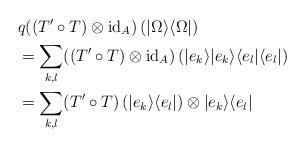
LaTeX: \begin{align*}&q((T'\circ T) \otimes \mathrm{id}_{A})\left(|\Omega\rangle\langle\Omega|\right)\\&=\sum_{k,l}((T'\circ T) \otimes \mathrm{id}_{A})\left(|e_k\rangle|e_k\rangle\langle e_l|\langle e_l|\right)\\&=\sum_{k,l}(T'\circ T) \left(|e_k\rangle\langle e_l|\right)\otimes |e_k\rangle\langle e_l|\\\end{align*}